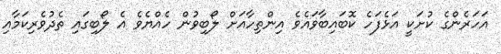
އަހަރެންގެ ކުށަކީ އަޅެފަހެ ކޮބައިބާވައެވެ އިންތިހާއަށް ލޯބިވުން ހެއްޔެވެ އެ ލޯބިގައި ތެދުވެރިކަމާއި